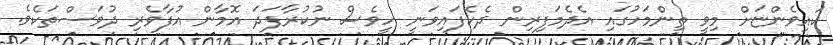
ކައިވެންޏަށް މިވީ ތިންމަހުގައި އެދެމަފިރިން ދެކެފައިވަނީ ހީވެސް ނުކުރާފަދަ އޮމާން އުފާވެރި ދުވަސްތަކެވެ.